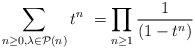
LaTeX: \begin{align*}\sum_{n\geq0, \lambda\in\mathcal{P}(n)} t^n\ =\prod_{n\geq 1}\frac{1}{(1-t^n)}\end{align*}